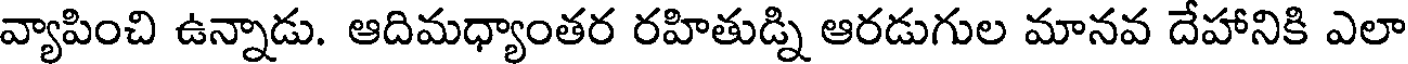
వ్యాపించి ఉన్నాడు. ఆదిమధ్యాంతర రహితుడ్ని ఆరడుగుల మానవ దేహానికి ఎలా